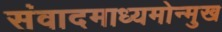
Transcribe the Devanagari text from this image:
संवादमाध्यमोन्मुख